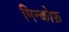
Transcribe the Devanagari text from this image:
मिन्कोफ़